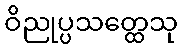
ဝိညုပ္ပသတ္ထေသု